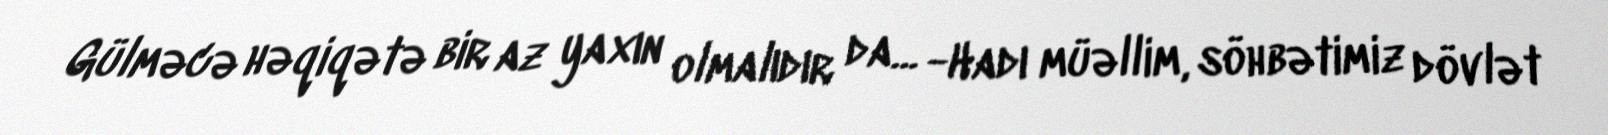
Gülməcə həqiqətə bir az yaxın olmalıdır da... -Hadı müəllim, söhbətimiz dövlət